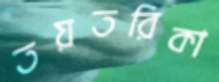
তয়তরিকা